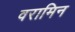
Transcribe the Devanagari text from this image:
वरामिन